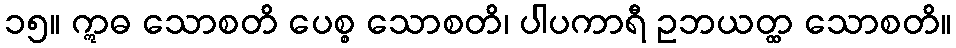
၁၅။ ဣဓ သောစတိ ပေစ္စ သောစတိ၊ ပါပကာရီ ဥဘယတ္ထ သောစတိ။